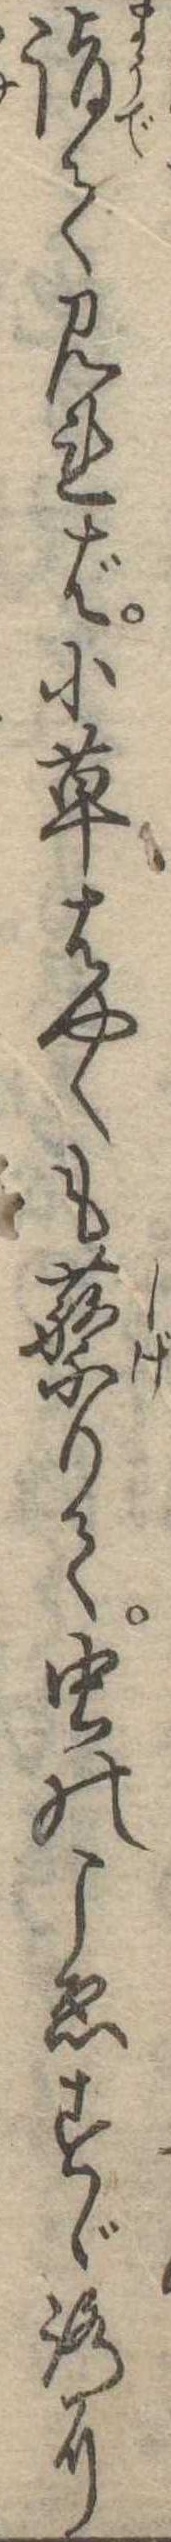
詣て見れば小草はやくもりて虫のこゑすゞろに